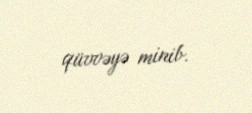
qüvvəyə minib.